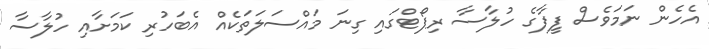
އެހެން ނަމަވެސް ފީފާގެ ހުލާސާ ރިޕޯޓްގައި ގިނަ މައްސަލަތަކެއް އެބަހުރި ކަމަށާއި ހުލާސާ